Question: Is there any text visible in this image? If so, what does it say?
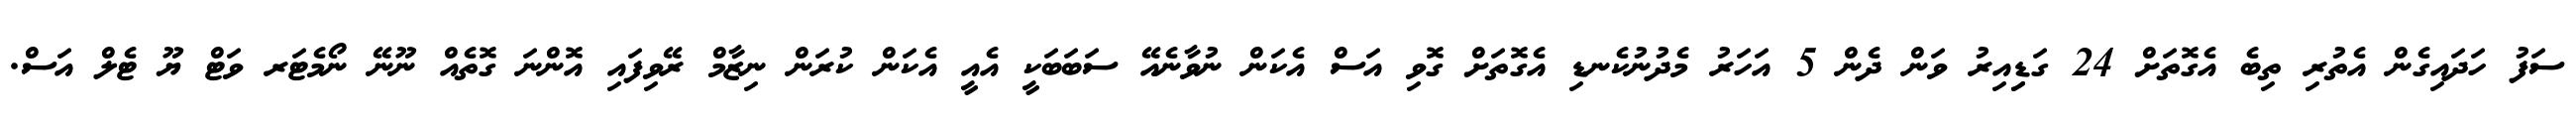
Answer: ސަފު ހަދައިގެން އެތުރި ތިބެ އެގޮތަށް 24 ގަޑިިއިރު ވަން ދެން 5 އަހަރު މެދުނުކެނޑި އެގޮތަށް ގޮވި އަސް އެކަން ނުވާނެއޭ ސަބަބަކީ އެއީ އެކަން ކުރަން ނިޒާމް ރޭވިފައި އޮންނަ ގޮތެއް ނޫނޭ ނޯމެޓަރ ވަޓް ޔޫ ޓެލް އަސް.